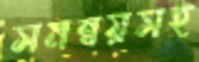
সমন্বয়সহ